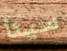
سيئا